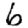
Digit: 6